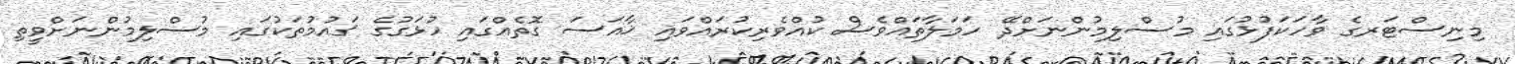
މިނިސްޓަރގެ ވާހަކަފުޅުގައި މުސްލިމުންނަށްދޭ ހަމަލާތައްވެސް ކުއްވެރިކުރައްވައި ޚާއަސަ ގޮތެއްގައި ހުޅަގުގެ ޤައުމުތަކުގައި މުސްލިމުންނަށްވީތި